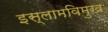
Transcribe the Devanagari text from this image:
इस्लामविमुख